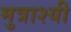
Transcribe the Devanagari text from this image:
मुत्राश्यी